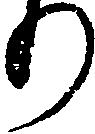
り